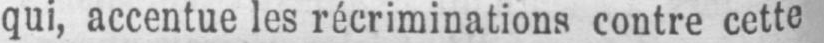
qui, accentue les récriminations contre cette